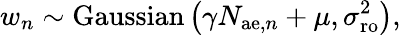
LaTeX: w_{n}\sim\mathrm{Gaussian}\left(\gamma N_{\mathrm{ae},n}+\mu,\sigma_{\mathrm{ro}}^{2}\right),